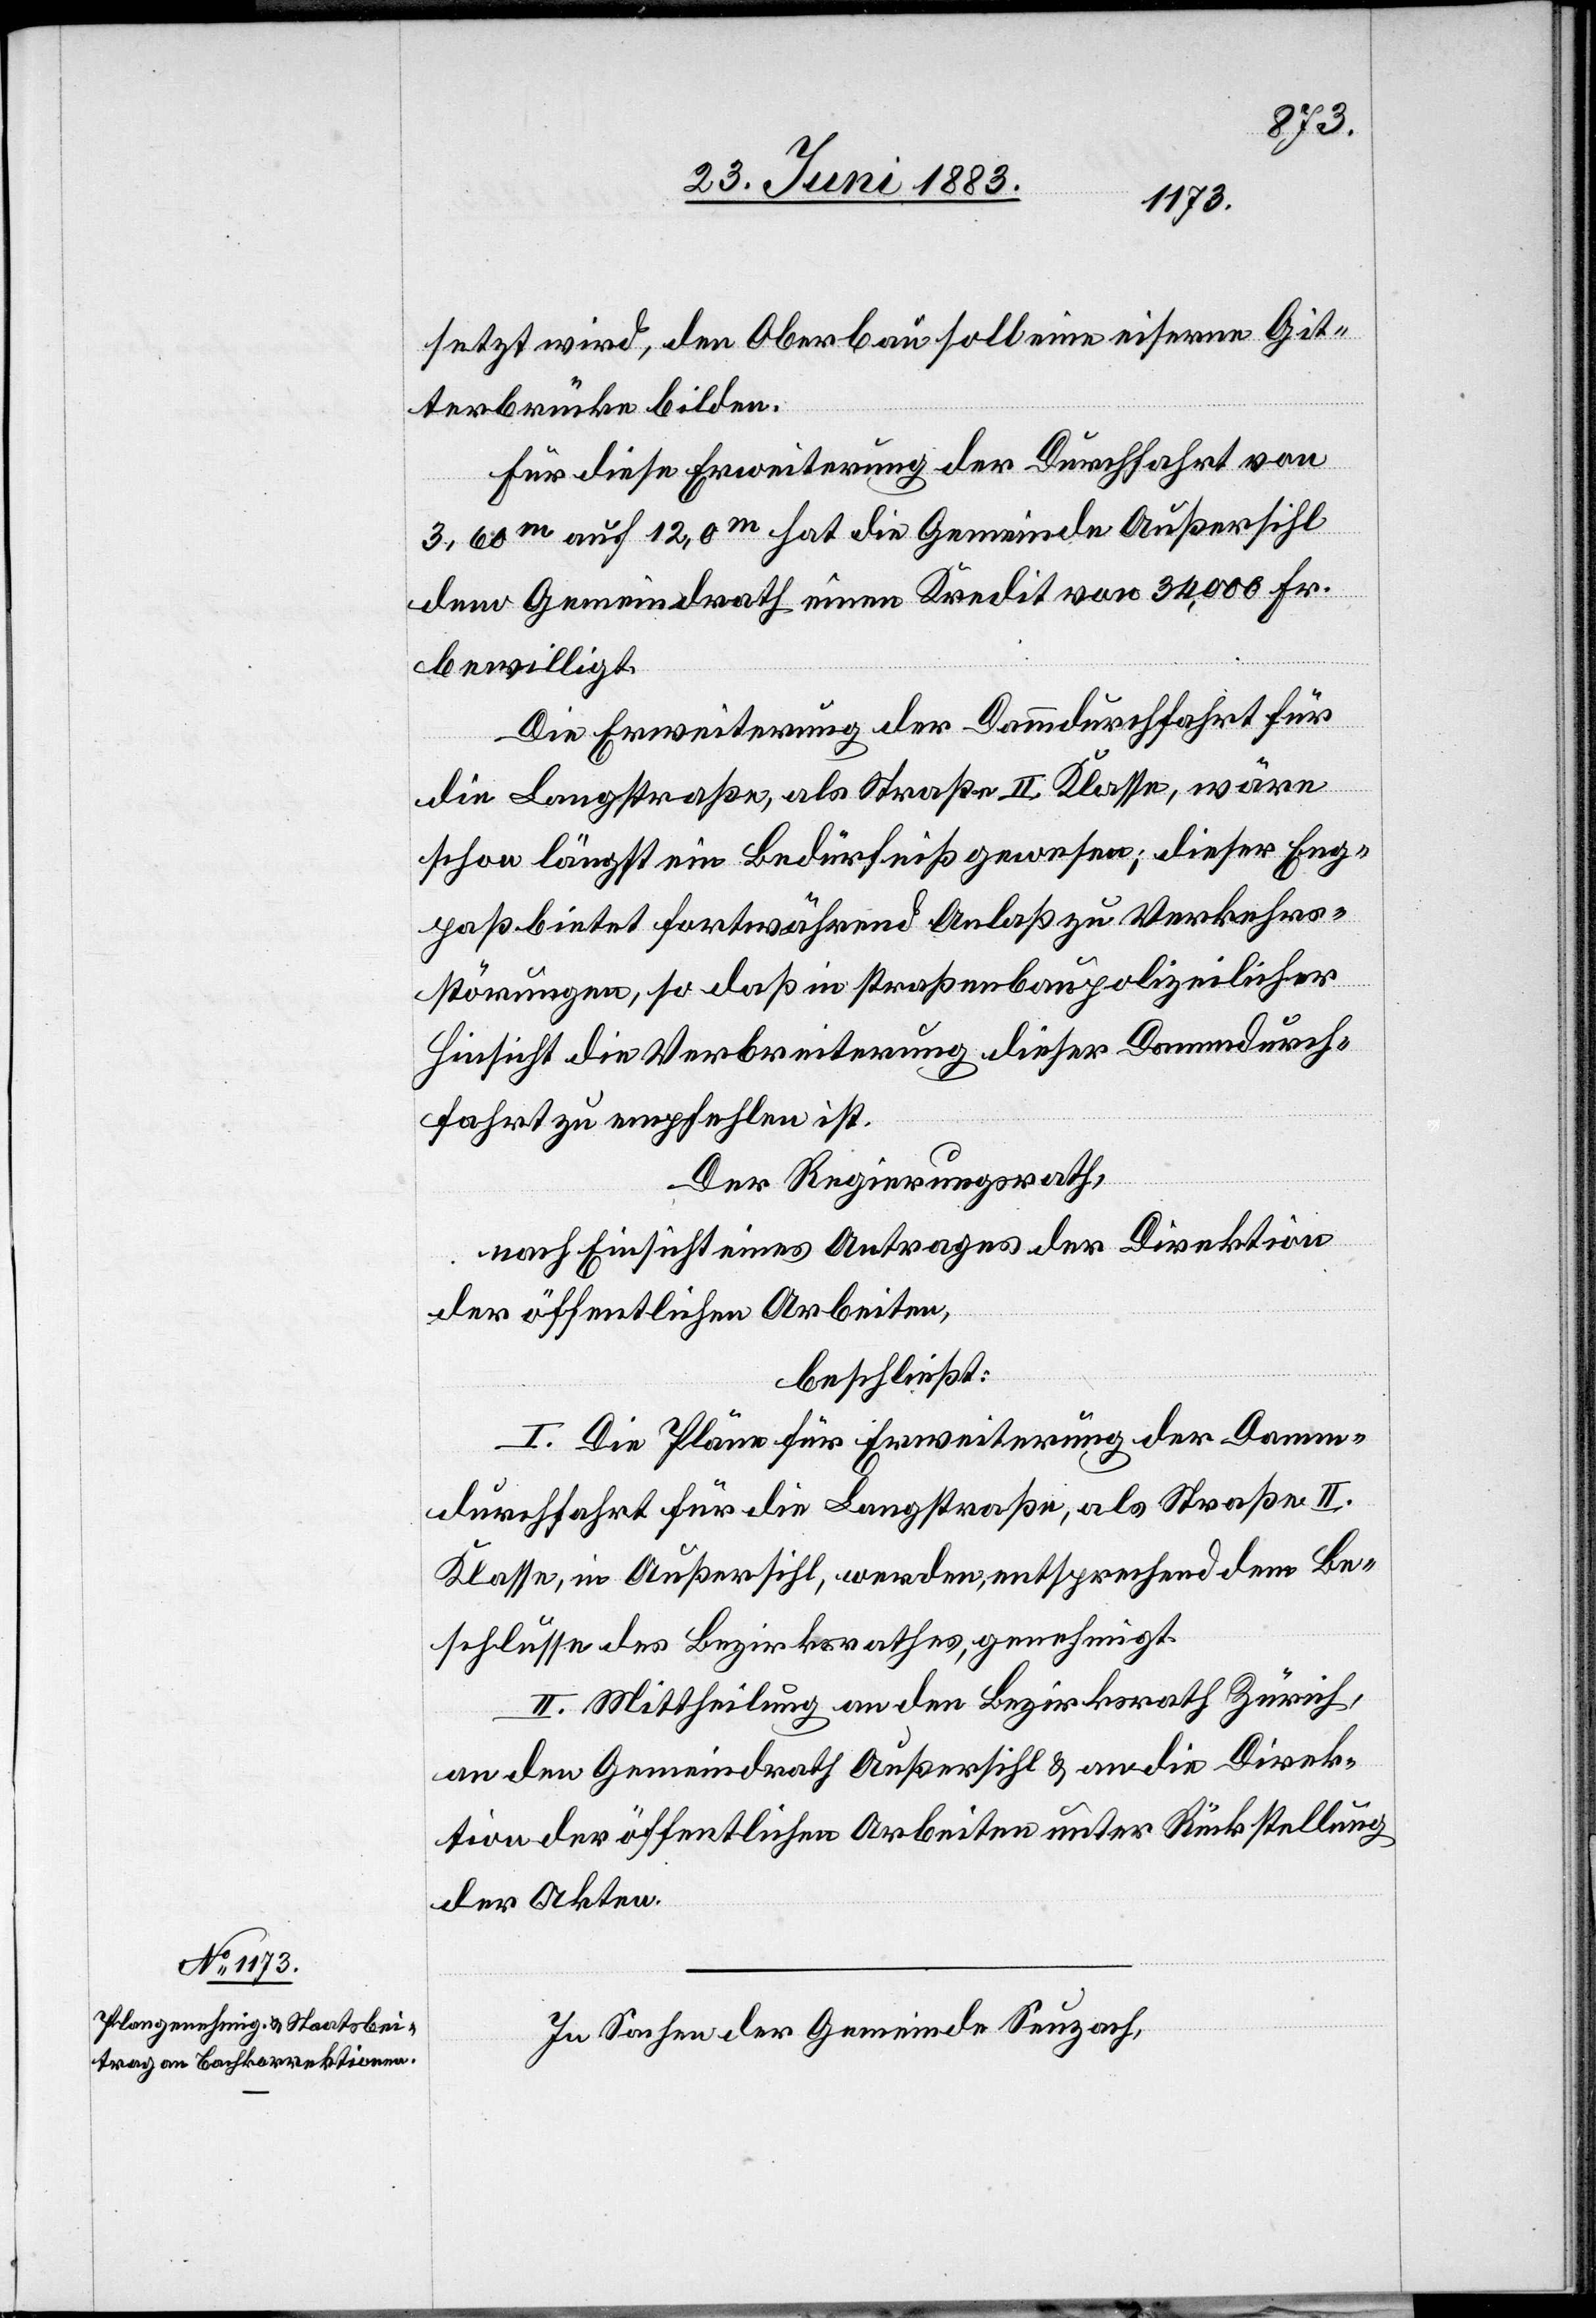
setzt wird, den Oberbau soll eine eiserne Git¬
terbrücke bilden.
Für diese Erweiterung der Durchfahrt von
3,60m auf 12,0m hat die Gemeinde Außersihl
dem Gemeindrath einen Kredit von 34,000 Fr.
bewilligt.
Die Erweiterung der Dammdurchfahrt für
die Langstraße, als Straße II. Klasse, wäre
schon längst ein Bedürfniß gewesen, dieser Eng¬
paß bietet fortwährend Anlaß zu Verkehrs¬
störungen, so daß in straßenbaupolizeilicher
Hinsicht die Verbreiterung dieser Dammdurch¬
fahrt zu empfehlen ist.
Der Regierungsrath,
nach Einsicht eines Antrages der Direktion
der öffentlichen Arbeiten,
beschließt:
I. Die Pläne für Erweiterung der Damm¬
durchfahrt für die Langstraße, als Straße II.
Klasse, in Außersihl, werden, entsprechend dem Be¬
schlusse des Bezirksrathes, genehmigt.
II. Mittheilung an den Bezirksrath Zürich,
an den Gemeindrath Außersihl & an die Direk¬
tion der öffentlichen Arbeiten unter Rückstellung
der Akten.
In Sachen der Gemeinde Seuzach,